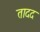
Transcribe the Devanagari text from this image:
तादद